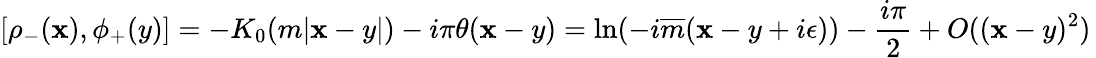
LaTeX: [\rho_{-}(\mathbf{x}),\phi_{+}(y)]=-K_{0}(m|\mathbf{x}-y|)-i\pi\theta(\mathbf{x}-y)=\ln(-i\overline{{{{m}}}}(\mathbf{x}-y+i\epsilon))-\frac{{i\pi}}{{2}}+O((\mathbf{x}-y)^{2})\,